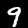
Digit: 9